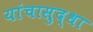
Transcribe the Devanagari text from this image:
यांचासुद्धा